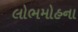
લોભમોહના